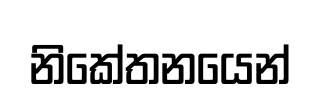
නිකේතනයෙන්